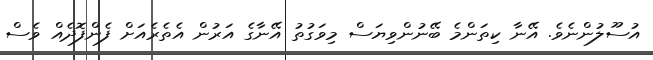
އުސޫލުންނެވެ. އޭނާ ކިތަންމެ ބޭނުންވިޔަސް މިވަގުތު އޭނާގެ އަރުން އެތެރެއަށް ފެންފޮދެއް ވެސް